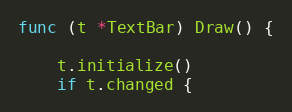
Language: Go
func (t *TextBar) Draw() {

	t.initialize()
	if t.changed {